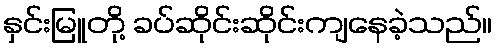
နှင်းမြူတို့ ခပ်ဆိုင်းဆိုင်းကျနေခဲ့သည်။